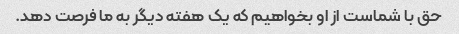
حق با شماست از او بخواهیم که یک هفته دیگر به ما فرصت دهد.